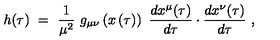
h ( \tau ) \ = \ \frac { 1 } { \mu ^ { 2 } } \ g _ { \mu \nu } \left( x \left( \tau \right) \right) \ \frac { d x ^ { \mu } ( \tau ) } { d \tau } \cdot \frac { d x ^ { \nu } ( \tau ) } { d \tau } \ ,